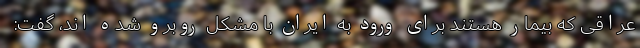
عراقی که بیمار هستند برای ورود به ایران با مشکل روبرو شده اند، گفت: